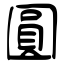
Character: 圓